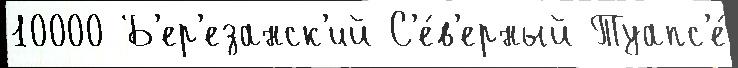
10000 Б'ер'езанск'ий С'е́в'ерный Туапс'е́